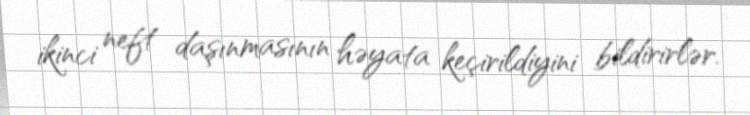
ikinci neft daşınmasının həyata keçirildiyini bildirirlər.